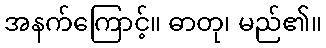
အနက်ကြောင့်။ ဓာတု၊ မည်၏။